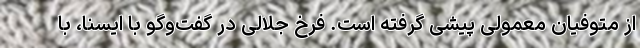
از متوفیان معمولی پیشی گرفته است. فرخ جلالی در گفت‌وگو با ایسنا، با